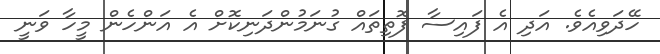
ހޭދަވިއެވެ. އަދި އެ ފައިސާ ފޮތިތައް ގުނަމުންދަނިކޮށް އެ އަންހެން މީހާ ވަނީ